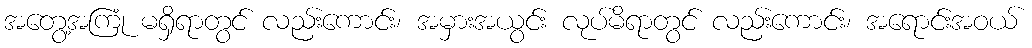
အတွေ့အကြုံ မရှိရာတွင် လည်းကောင်း၊ အမှားအယွင်း လုပ်မိရာတွင် လည်းကောင်း၊ အရောင်းအဝယ်